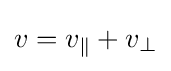
v=v_{\parallel }+v_{\perp }